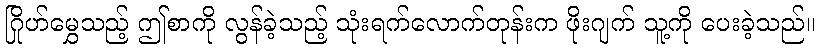
ဂြိုဟ်မွှေသည့် ဤစာကို လွန်ခဲ့သည့် သုံးရက်လောက်တုန်းက ဖိုးဂျက် သူ့ကို ပေးခဲ့သည်။